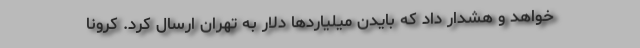
خواهد و هشدار داد که بایدن میلیاردها دلار به تهران ارسال کرد. کرونا